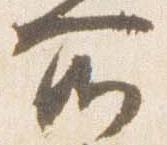
所